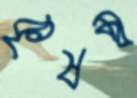
কৃষম্ব